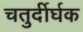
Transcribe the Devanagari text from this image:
चतुर्दीर्घक